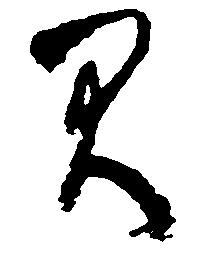
間